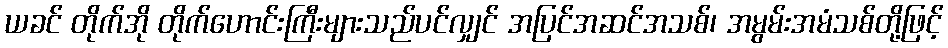
ယခင် တိုက်အို တိုက်ဟောင်းကြီးများသည်ပင်လျှင် အပြင်အဆင်အသစ်၊ အမွမ်းအမံသစ်တို့ဖြင့်